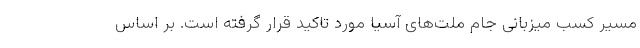
مسیر کسب میزبانى جام ملت‌هاى آسیا مورد تاکید قرار گرفته است. بر اساس